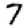
Digit: 7